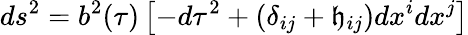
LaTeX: ds^{2}=b^{2}(\tau)\left[-d\tau^{2}+(\delta_{ij}+\mathfrak{h}_{ij})dx^{i}dx^{j}\right]